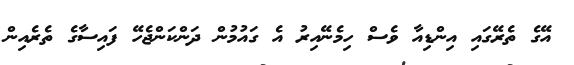
އޭގެ ތެރޭގައި އިންޑިއާ ވެސް ހިމެނޭއިރު އެ ގައުމުން ދަންކަންޖެހޭ ފައިސާގެ ތެރެއިން